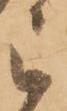
被